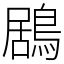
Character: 鶋